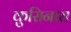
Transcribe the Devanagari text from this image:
कुसिनारा